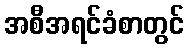
အစီအရင်ခံစာတွင်